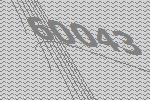
60043